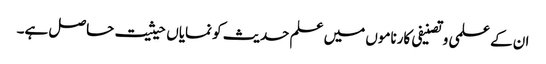
ان کے علمی وتصنیفی کارناموں میں علم حدیث کو نمایاں حیثیت حاصل ہے۔